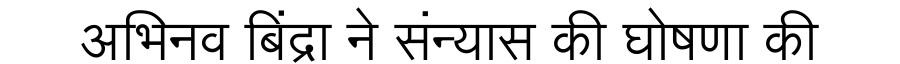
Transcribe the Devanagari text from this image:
अभिनव बिंद्रा ने संन्यास की घोषणा की